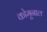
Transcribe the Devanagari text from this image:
कोमूनाल